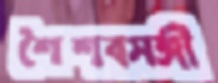
শৈশবসঙ্গী